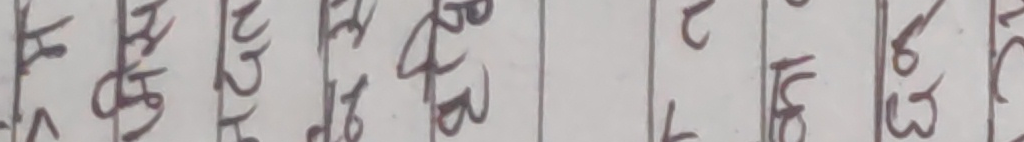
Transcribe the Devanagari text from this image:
४ ४ ४३ ५ ४२ ८ ४६ ४ ४८ ब २ १ ५ ५ ६३ ६ १ ६